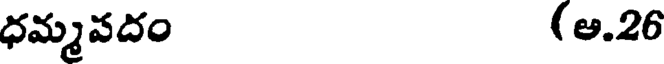
ధమ్మవదం (అ.26